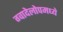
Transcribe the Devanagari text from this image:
ग्वादेलोपमध्ये